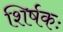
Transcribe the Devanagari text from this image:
शिर्षकः